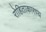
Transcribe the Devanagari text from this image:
रोहिताकारण्य